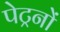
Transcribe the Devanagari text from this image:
पेट्रनों